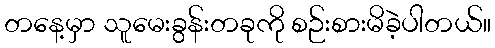
တနေ့မှာ သူမေးခွန်းတခုကို စဉ်းစားမိခဲ့ပါတယ်။